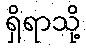
ရှိရာသို့